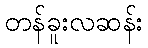
တန်ခူးလဆန်း